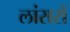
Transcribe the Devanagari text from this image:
लांसरों